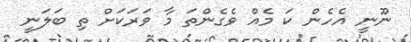
ނޫނީ އެހެން ކަ މެއް ވެގެންތަ މާ ވަރަކަށް ތި ބަލަނީ